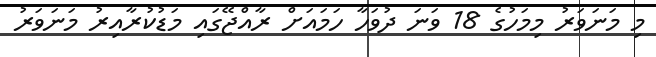
މި މަނަވަރު މިމަހުގެ 18 ވަނަ ދުވަހާ ހަމައަށް ރާއްޖޭގައި މަޑުކުރާއިރު މަނަވަރު